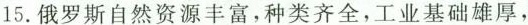
15. 俄罗斯自然资源丰富，种类齐全，工业基础雄厚，